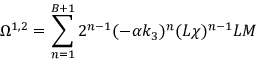
{ \Omega } ^ { 1 , 2 } = \sum _ { n = 1 } ^ { B + 1 } 2 ^ { n - 1 } ( - \alpha k _ { 3 } ) ^ { n } ( L \chi ) ^ { n - 1 } L M